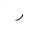
Letter: _ra